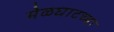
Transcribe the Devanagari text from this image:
मेळघाटच्या